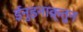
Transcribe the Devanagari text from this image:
ईनुइनाक़्तुन